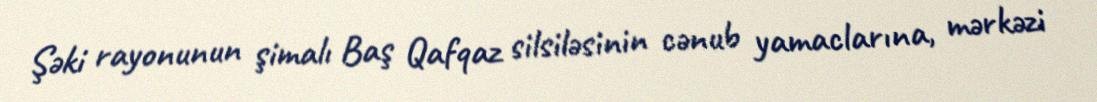
Şəki rayonunun şimalı Baş Qafqaz silsiləsinin cənub yamaclarına, mərkəzi